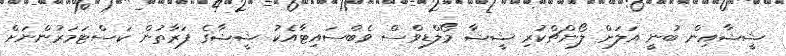
ޝީޝާއިން ބުނީ އަލަށް ލޯންޗްކުރި ޝީޝާ މޯލްޑިވްސް ވެބްސައިޓާއެކު ޝީޝާގެ ފަރާތުން ކަސްޓަމަރުންނަށް